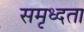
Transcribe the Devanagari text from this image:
समृध्दता